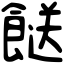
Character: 餸